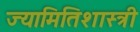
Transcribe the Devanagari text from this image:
ज्यामितिशास्त्री